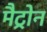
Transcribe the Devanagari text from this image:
मैट्रोन